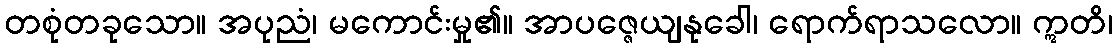
တစုံတခုသော။ အပုညံ၊ မကောင်းမှု၏။ အာပဇ္ဇေယျနုခေါ၊ ရောက်ရာသလော။ ဣတိ၊